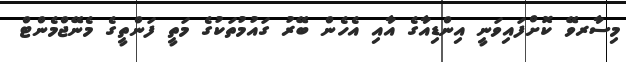
މިސާރވޭ ކޮށްފައިވަނީ އިންޑިއާގެ އާއި އެހެން ބޭރު ގައުމުތަކުގެ މަތީ ފަންތީގެ މެނޭޖްމެންޓް